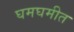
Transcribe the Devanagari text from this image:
घमघमीत